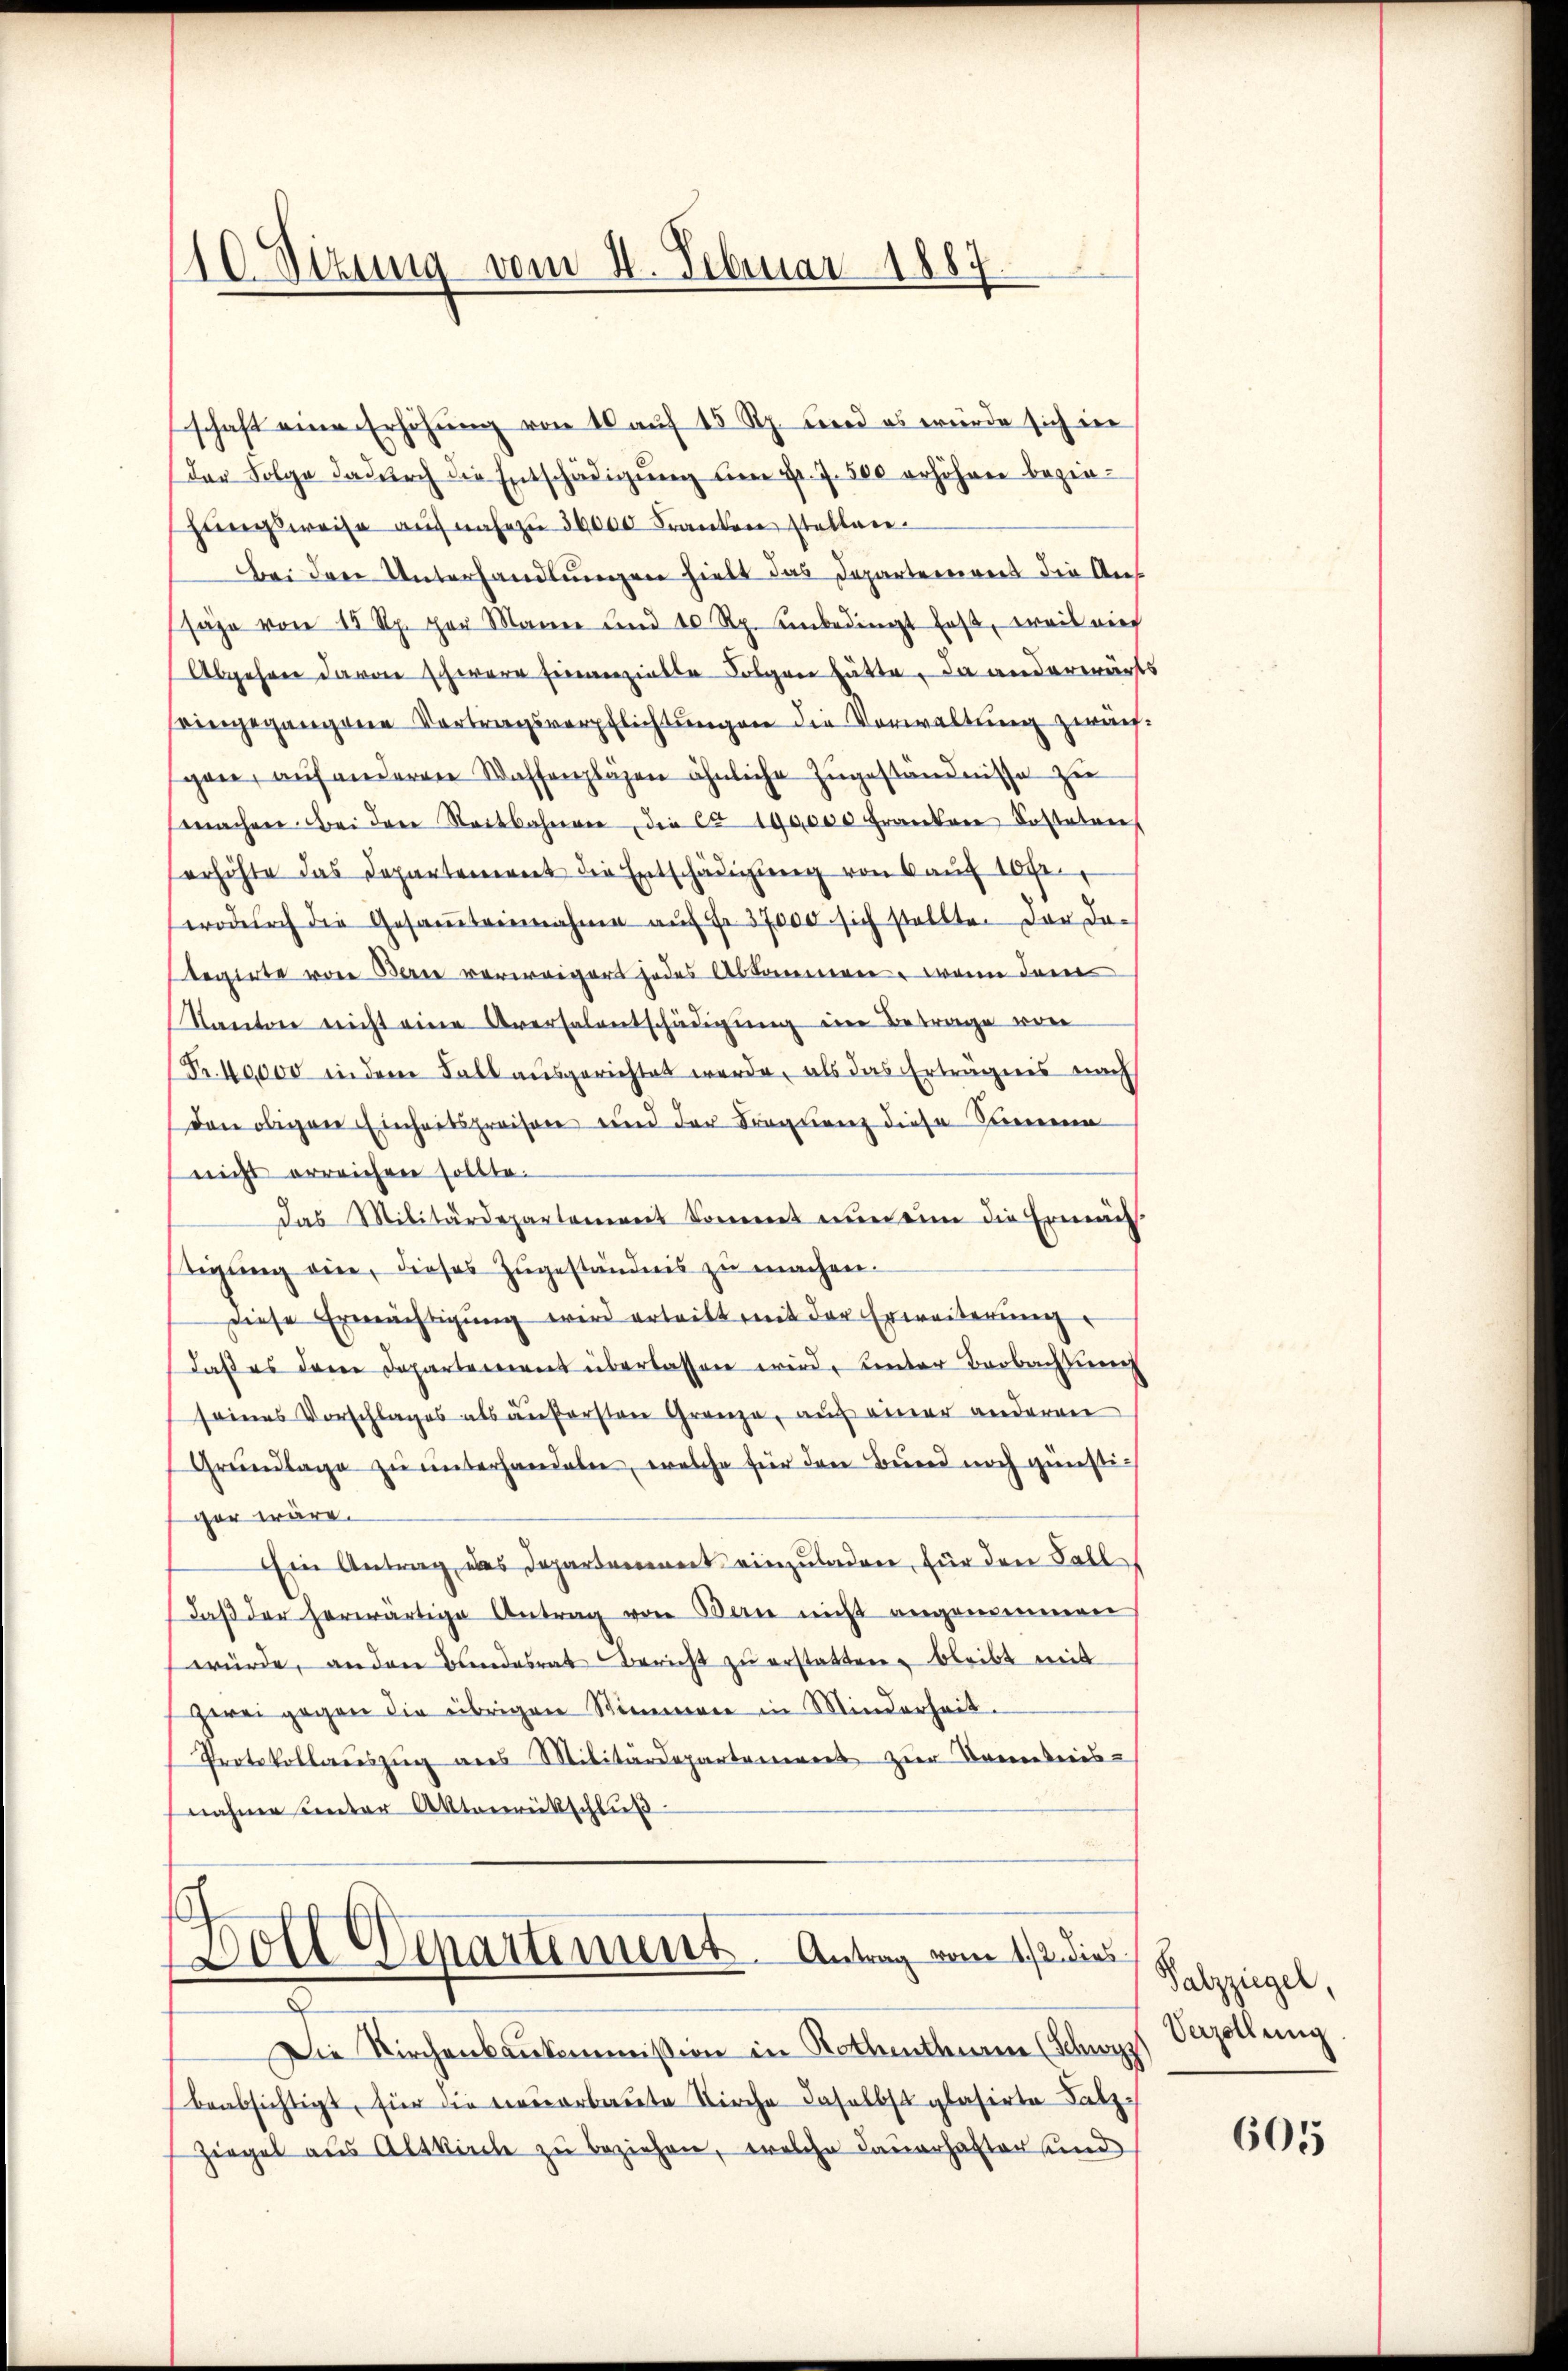
110. Sizung vom 4. Februar 1887.

schaft eine Erhöhung von 10 auf 15 Rp. und es würde sich in
der Folge dadurch die Entschädigŭng am Fr. 7. 500 erhöhen bezie-
hŭngsweise aŭf nahezu 30000 Franken stellen.
Bei den Unterhandlungen hielt das Departement die Aus
sähe von 15 Rp. per Manne und 10 Rp. unbedingt hast, weis auf
Abgehen davon schwere Einverzielle Folgen hätte, da anderwärts
eingegangene Vortragsverpflichtungen die Verwaltung zwärf:
gane, auf anderene Waffenplägen ähnliche Zugeständnisse zu
machen. Bei der Stadtbahneren, die ca 100,000 Frankene Fasteten
erhöhte das Departement die Entschädigŭng von 6 aŭf 10 fr.
wodŭrch die Gesaṁteinnahme aŭf Fr. 37000 sich stellte. Der da-
tegirte von Bern verweigert jedes Abkommen, wenn dener
Kanton nicht eine Aversalentschädigŭng der Betrage von
Fr. 10000 in dem Fall ausgerichtet werde, als das Erträgnis nach
den obigen Einheitspreisen und der Frequenz diese Seinen
nicht erreichen sollte.
das Militärdepartement kommt nun eine die Erneue
digung ein, dieses Zugeständnis zu machen.
Diese Ermächtigung wird erteilt mit der Erweiterung
Daß es dem Departement überlassen wird, unter Beobachtung
seines Vorschlages als aufersten Grenze, auf einer anderen
Grŭndlage zŭ ŭnterhandeln, welche für den Bund noch günstigar wäre.
Ein Antrag des Departement einzuladen, für den Fall
daβ der herwärtige Antrag von Bau nicht angenommen
würde, an den Bundesrat Bericht zŭ erstatten, bleibt mit
gerei gegen die übrigen Stimmen in Minderheit.
Protokollaŭszŭg anes Militärdeparteres zur Bankreis-
nahme unter Aktenrückschluß

s
Doll Separtement. Antrag vom 12. dies

Die Kirchenbaukommission in Rothenthum (Schwyz
beabsichtigt, für die neuerbaute Kirche daselbst glasirte Satz-
Ziegel aus Altkirche zu beziehen, welche Dauerhafter und

Palzziegel,
Verzellung

605